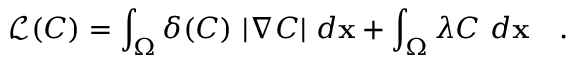
\mathscr { L } ( C ) = \int _ { \Omega } \delta ( C ) \ | \nabla C | \ d \mathbf { x } + \int _ { \Omega } \lambda C \ d \mathbf { x } \quad .